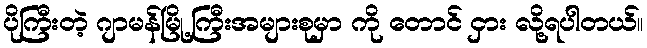
ပိုကြီးတဲ့ ဂျာမန်မြို့ကြီးအများစုမှာ ကို တောင် ငှား လို့ရပါတယ်။